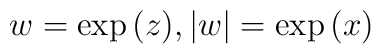
w = \exp{(z)}, |w| = \exp{(x)}